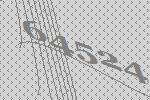
64524